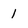
Character: 1